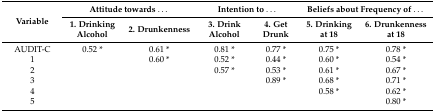
| <ROWSPAN=2> Variable | <COLSPAN=2> Attitude towards... | <COLSPAN=2> Intention to... | <COLSPAN=2> Beliefs about Frequency of... |
 | 1. Drinking Alcohol | 2. Drunkenness | 3. Drink Alcohol | 4. Get Drunk | 5. Drinking at 18 | 6. Drunkenness at 18 |
 | --- | --- | --- | --- | --- | --- | --- |
 | AUDIT-C | 0.52 * | 0.61 * | 0.81 * | 0.77 * | 0.75 * | 0.78 * |
 | 1 |  | 0.60 * | 0.52 * | 0.44 * | 0.60 * | 0.54 * |
 | 2 |  |  | 0.57 * | 0.53 * | 0.61 * | 0.67 * |
 | 3 |  |  |  | 0.89 * | 0.68 * | 0.71 * |
 | 4 |  |  |  |  | 0.58 * | 0.62 * |
 | 5 |  |  |  |  |  | 0.80 * |